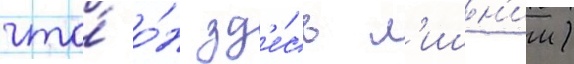
что́ о́н зд'е́сь л'ишн'ии)